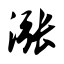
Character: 涨